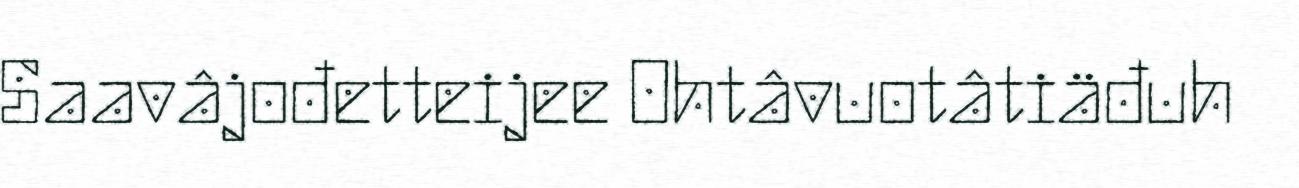
Saavâjođetteijee Ohtâvuotâtiäđuh